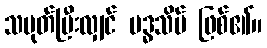
သမုတ်ပြီးလျှင် ဗဒ္ဓသိမ် ဖြစ်၏။